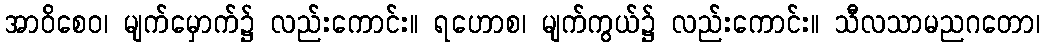
အာဝိစေဝ၊ မျက်မှောက်၌ လည်းကောင်း။ ရဟောစ၊ မျက်ကွယ်၌ လည်းကောင်း။ သီလသာမညဂတော၊